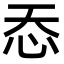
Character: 㤁